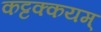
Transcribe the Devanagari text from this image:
कट्टक्कयम्